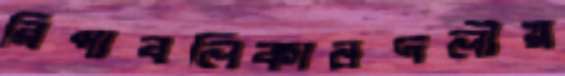
রিপাবলিকানদলীয়